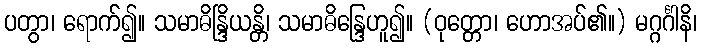
ပတွာ၊ ရောက်၍။ သမာဓိန္ဒြိယန္တိ၊ သမာဓိန္ဒြေဟူ၍။ (ဝုတ္တော၊ ဟောအပ်၏။) မဂ္ဂင်္ဂါနိ၊